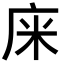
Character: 𢈍